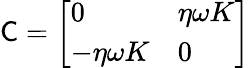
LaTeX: {\mathsf{C}}={\left[\begin{array}{ll}{0}&{\eta\omega K}\\ {-\eta\omega K}&{0}\end{array}\right]}